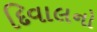
દિવાલનો